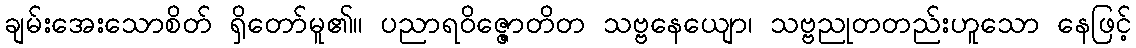
ချမ်းအေးသောစိတ် ရှိတော်မူ၏။ ပညာရဝိဇ္ဇောတိတ သဗ္ဗနေယျော၊ သဗ္ဗညုတတည်းဟူသော နေဖြင့်